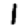
Digit: 1